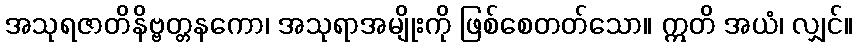
အသုရဇာတိနိဗ္ဗတ္တနကော၊ အသုရာအမျိုးကို ဖြစ်စေတတ်သော။ ဣတိ အယံ၊ လျှင်။